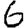
Digit: 6